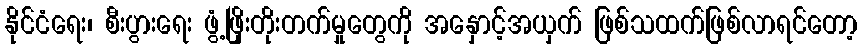
နိုင်ငံရေး၊ စီးပွားရေး ဖွံ့ဖြိုးတိုးတက်မှုတွေကို အနှောင့်အယှက် ဖြစ်သထက်ဖြစ်လာရင်တော့